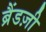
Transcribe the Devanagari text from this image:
ब्रैंडज़ी